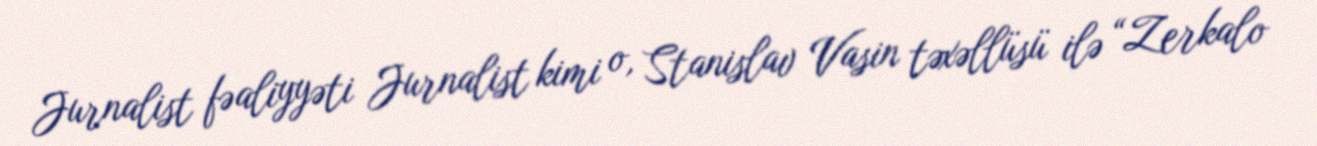
Jurnalist fəaliyyəti Jurnalist kimi o, Stanislav Vasin təxəllüsü ilə “Zerkalo